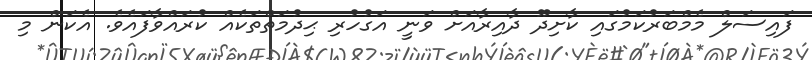
ފައިސަލް މެމްބަރުކަމުގައި ކާށިދޫ ދާއިރާއަށް ވަނީ އަގުހުރި ޙިދުމަތްތަކެއް ކުރައްވާފައެވެ. އެކަން މި